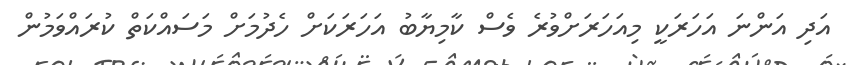
އަދި އަންނަ އަހަރަކީ މިއަހަރަށްވުރެ ވެސް ކާމިޔާބު އަހަރަކަށް ހެދުމަށް މަސައްކަތް ކުރައްވަމުން